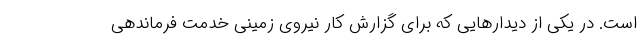
است. در یکی از دیدارهایی که برای گزارش‌ کار نیروی زمینی خدمت فرماندهی